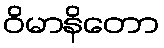
ဝိမာနိတော